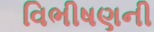
વિભીષણની